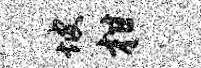
坡柑